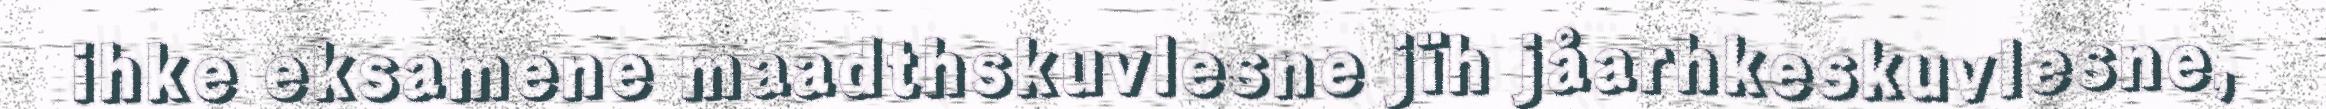
ihke eksamene maadthskuvlesne jïh jåarhkeskuvlesne,